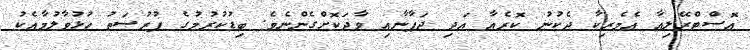
އޮސްޓްރޭލިއާ އެމެރިކާ ދެކުނު ކޮރެއާ އަދި ޖަޕާނާއި ވާދަކޮށްގެންނެވެ. ބިޑުކުރުމުގެ ފުރުސަތު ހުޅުވާލުމާއެކު